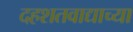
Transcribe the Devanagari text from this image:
दहशतवाद्याच्या